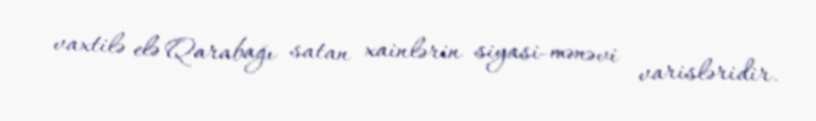
vaxtilə elə Qarabağı satan xainlərin siyasi-mənəvi varisləridir.